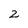
Character: 2